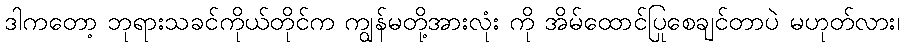
ဒါကတော့ ဘုရားသခင်ကိုယ်တိုင်က ကျွန်မတို့အားလုံး ကို အိမ်ထောင်ပြုစေချင်တာပဲ မဟုတ်လား၊